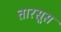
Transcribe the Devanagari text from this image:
तारसूस